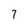
Character: 7